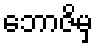
ဘောဇိမှ